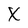
Character: X